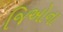
જિઓના